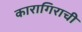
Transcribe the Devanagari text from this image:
कारागिराची